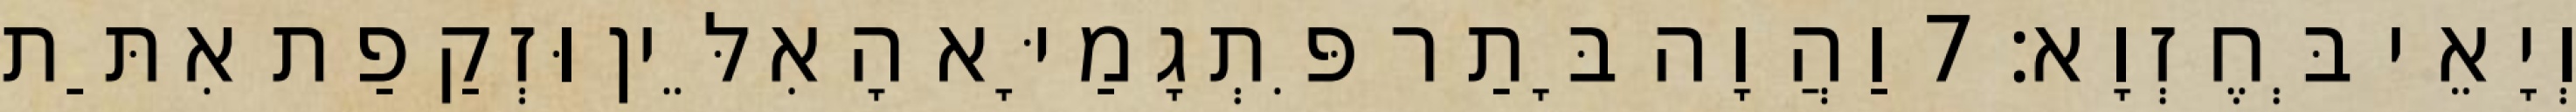
וְיָאֵי בְּחֶזְוָא׃ 7 וַהֲוָה בָּתַר פִּתְגָמַיָּא הָאִלֵּין וּזְקַפַת אִתַּת